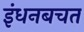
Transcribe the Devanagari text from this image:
इंधनबचत